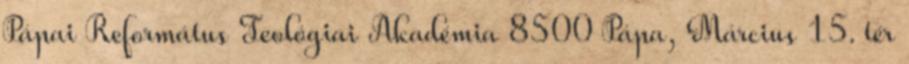
Pápai Református Teológiai Akadémia 8500 Pápa, Március 15. tér